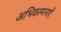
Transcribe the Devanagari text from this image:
अभिकल्पनाएँ